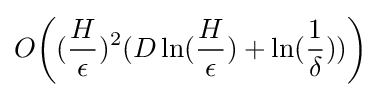
O{\bigg (}({H \over \epsilon })^{2}(D\ln({H \over \epsilon })+\ln({1 \over \delta })){\bigg )}